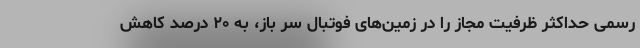
رسمی حداکثر ظرفیت مجاز را در زمین‌های فوتبال سر باز، به ۲۰ درصد کاهش